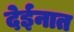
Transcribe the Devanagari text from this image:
देईनात